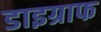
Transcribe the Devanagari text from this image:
डाइग्राफ